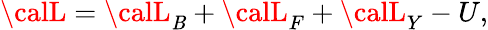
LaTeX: {\calL}={\calL}_{\mathit{B}}+{\calL}_{F}+{\calL}_{Y}-U,